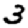
Digit: 3